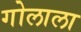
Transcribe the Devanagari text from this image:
गोलाला